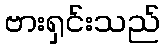
ဗားရှင်းသည်